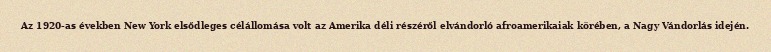
Az 1920-as években New York elsődleges célállomása volt az Amerika déli részéről elvándorló afroamerikaiak körében, a Nagy Vándorlás idején.